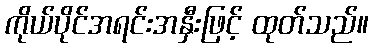
ကိုယ်ပိုင်အရင်းအနှီးဖြင့် ထုတ်သည်။